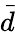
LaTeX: \vec{d}